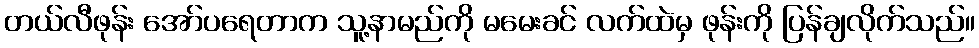
တယ်လီဖုန်း အော်ပရေတာက သူ့နာမည်ကို မမေးခင် လက်ထဲမှ ဖုန်းကို ပြန်ချလိုက်သည်။